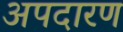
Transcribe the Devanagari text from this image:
अपदारण